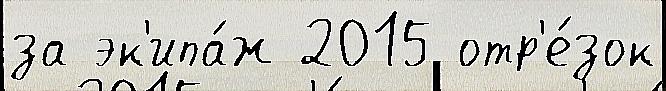
за эк'ипа́ж 2015 отр'е́зок